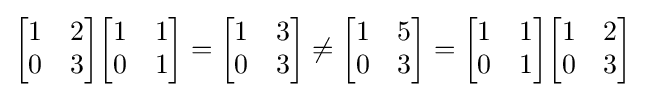
{\begin{bmatrix}1&2\\0&3\end{bmatrix}}{\begin{bmatrix}1&1\\0&1\end{bmatrix}}={\begin{bmatrix}1&3\\0&3\end{bmatrix}}\neq {\begin{bmatrix}1&5\\0&3\end{bmatrix}}={\begin{bmatrix}1&1\\0&1\end{bmatrix}}{\begin{bmatrix}1&2\\0&3\end{bmatrix}}